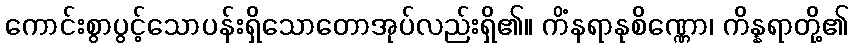
ကောင်းစွာပွင့်သောပန်းရှိသောတောအုပ်လည်းရှိ၏။ ကိံနရာနုစိဏ္ဏော၊ ကိန္နရာတို့၏